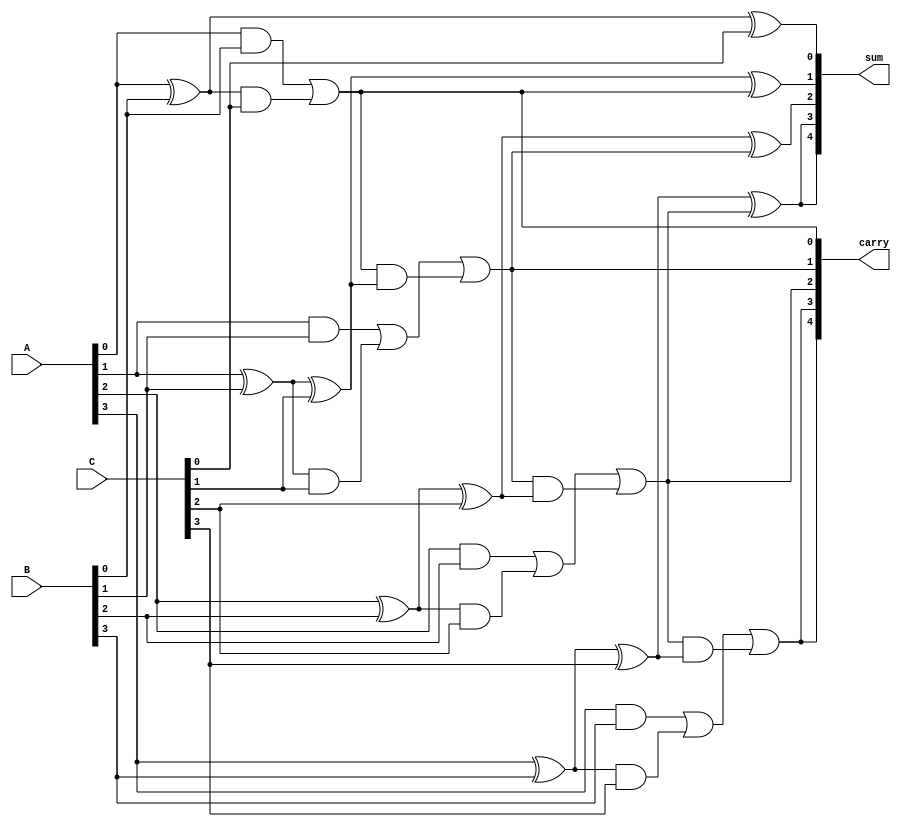
module carry_save_adder #(parameter N = 4) (
    input  [N-1:0] A, // First n-bit input
    input  [N-1:0] B, // Second n-bit input
    input  [N-1:0] C, // Third n-bit input
    output [N:0] sum,  // Sum output (n bits + 1 for carry)
    output [N:0] carry // Carry output (n bits + 1 for carry)
);

    // Internal wires for half adder and full adder outputs
    wire [N-1:0] HA_sum, HA_carry; // Half adder outputs
    wire [N-1:0] FA_sum, FA_carry; // Full adder outputs

    // Half Adder for the first two inputs (A and B)
    genvar i;
    generate
        for (i = 0; i < N; i = i + 1) begin : half_adder
            if (i == 0) begin
                // First bit addition
                assign HA_sum[i] = A[i] ^ B[i]; // Sum
                assign HA_carry[i] = A[i] & B[i]; // Carry
            end else begin
                // Subsequent bits addition
                assign HA_sum[i] = A[i] ^ B[i]; // Sum
                assign HA_carry[i] = A[i] & B[i]; // Carry
            end
        end
    endgenerate

    // Full Adder for each bit position with the third input (C)
    generate
        for (i = 0; i < N; i = i + 1) begin : full_adder
            if (i == 0) begin
                // First bit addition
                assign FA_sum[i] = HA_sum[i] ^ C[i]; // Sum
                assign FA_carry[i] = HA_carry[i] | (HA_sum[i] & C[i]); // Carry
            end else begin
                // Subsequent bits addition
                assign FA_sum[i] = HA_sum[i] ^ C[i] ^ FA_carry[i-1]; // Sum
                assign FA_carry[i] = HA_carry[i] | (HA_sum[i] & C[i]) | (FA_carry[i-1] & (HA_sum[i] ^ C[i])); // Carry
            end
        end
    endgenerate

    // Final carry output
    assign carry = {FA_carry[N-1], FA_carry[N-1:0]};
    // Final sum output
    assign sum = {FA_sum[N-1], FA_sum[N-1:0]};

endmodule